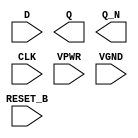
module sky130_fd_sc_hs__dfrbp (
    //# {{data|Data Signals}}
    input  D      ,
    output Q      ,
    output Q_N    ,

    //# {{control|Control Signals}}
    input  RESET_B,

    //# {{clocks|Clocking}}
    input  CLK    ,

    //# {{power|Power}}
    input  VPWR   ,
    input  VGND
);
endmodule